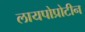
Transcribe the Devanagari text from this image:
लायपोप्रोटीन